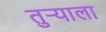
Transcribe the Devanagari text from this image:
तुर्‍याला